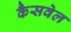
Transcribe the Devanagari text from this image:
कैसवेल